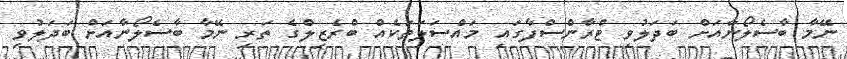
ނޭމާ ބާސެލޯނާއަށް ބަދަލުވި ޓްރާންސްފާގައި މައްސަލަތަކެއް ބްރެޒިލްގެ ތަރި ނޭމާ ބާސެލޯނާއަށް ބަދަލުވި